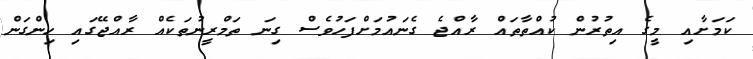
ކަމަށާއި މީގެ އިތުރުން ކުއްތާތައް ރާއްޖެ ގެނައުމަށްފަހުވެސް ގިނަ ތަމްރީނުތަކެއް ރާއްޖޭގައި ހިންގަން